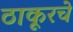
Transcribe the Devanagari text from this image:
ठाकूरचे